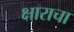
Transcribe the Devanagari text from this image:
क्षाराचा